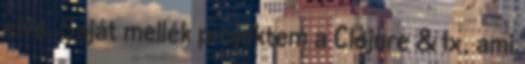
elve. Saját mellék projektem a Clojure & lx, ami